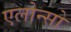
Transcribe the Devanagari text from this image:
एलोन्सो